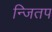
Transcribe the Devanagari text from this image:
न्जितप